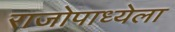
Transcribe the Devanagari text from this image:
राजोपाध्येला